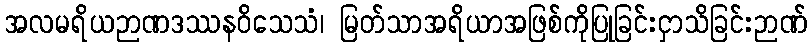
အလမရိယဉာဏဒဿနဝိသေသံ၊ မြတ်သာအရိယာအဖြစ်ကိုပြုခြင်းငှာသိခြင်းဉာဏ်